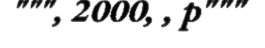
""", 2000, , p"""